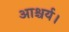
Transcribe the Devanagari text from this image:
आश्चर्य।